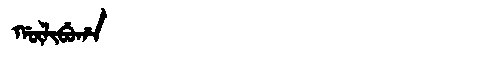
Manchu: ᡤᡡᠯᡳᠪᡠᡥᠠ
Romanization: GŪLIBUHA